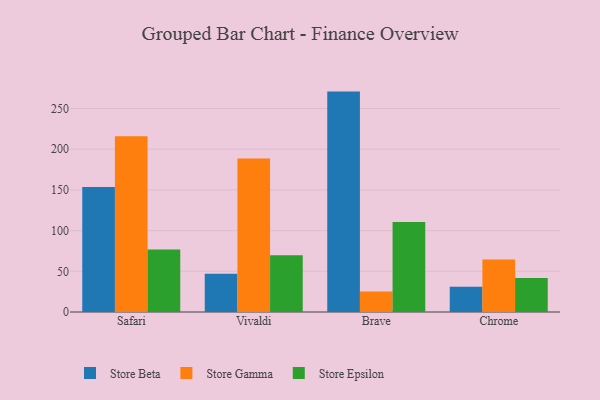
{"axis": {"x": "Browser", "y": "Conversion Rate (%)"}, "legend": ["Store Beta", "Store Epsilon", "Store Gamma"], "data": [{"x": "Safari", "y": 153.6, "type": "Store Beta"}, {"x": "Safari", "y": 215.9, "type": "Store Gamma"}, {"x": "Safari", "y": 76.9, "type": "Store Epsilon"}, {"x": "Vivaldi", "y": 47.0, "type": "Store Beta"}, {"x": "Vivaldi", "y": 188.5, "type": "Store Gamma"}, {"x": "Vivaldi", "y": 69.7, "type": "Store Epsilon"}, {"x": "Brave", "y": 270.8, "type": "Store Beta"}, {"x": "Brave", "y": 25.3, "type": "Store Gamma"}, {"x": "Brave", "y": 110.7, "type": "Store Epsilon"}, {"x": "Chrome", "y": 30.9, "type": "Store Beta"}, {"x": "Chrome", "y": 64.6, "type": "Store Gamma"}, {"x": "Chrome", "y": 41.7, "type": "Store Epsilon"}]}